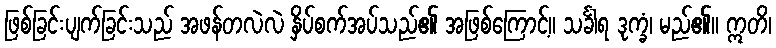
ဖြစ်ခြင်းပျက်ခြင်းသည် အဖန်တလဲလဲ နှိပ်စက်အပ်သည်၏ အဖြစ်ကြောင့်။ သင်္ခါရ ဒုက္ခံ၊ မည်၏။ ဣတိ၊